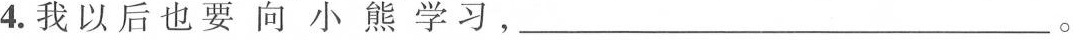
4.我以后也要向小熊学习，___。